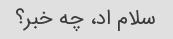
سلام اد، چه خبر؟